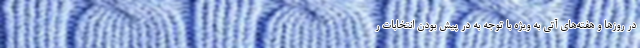
در روزها و هفته‌های آتی به ویژه با توجه به در پیش بودن انتخابات ر